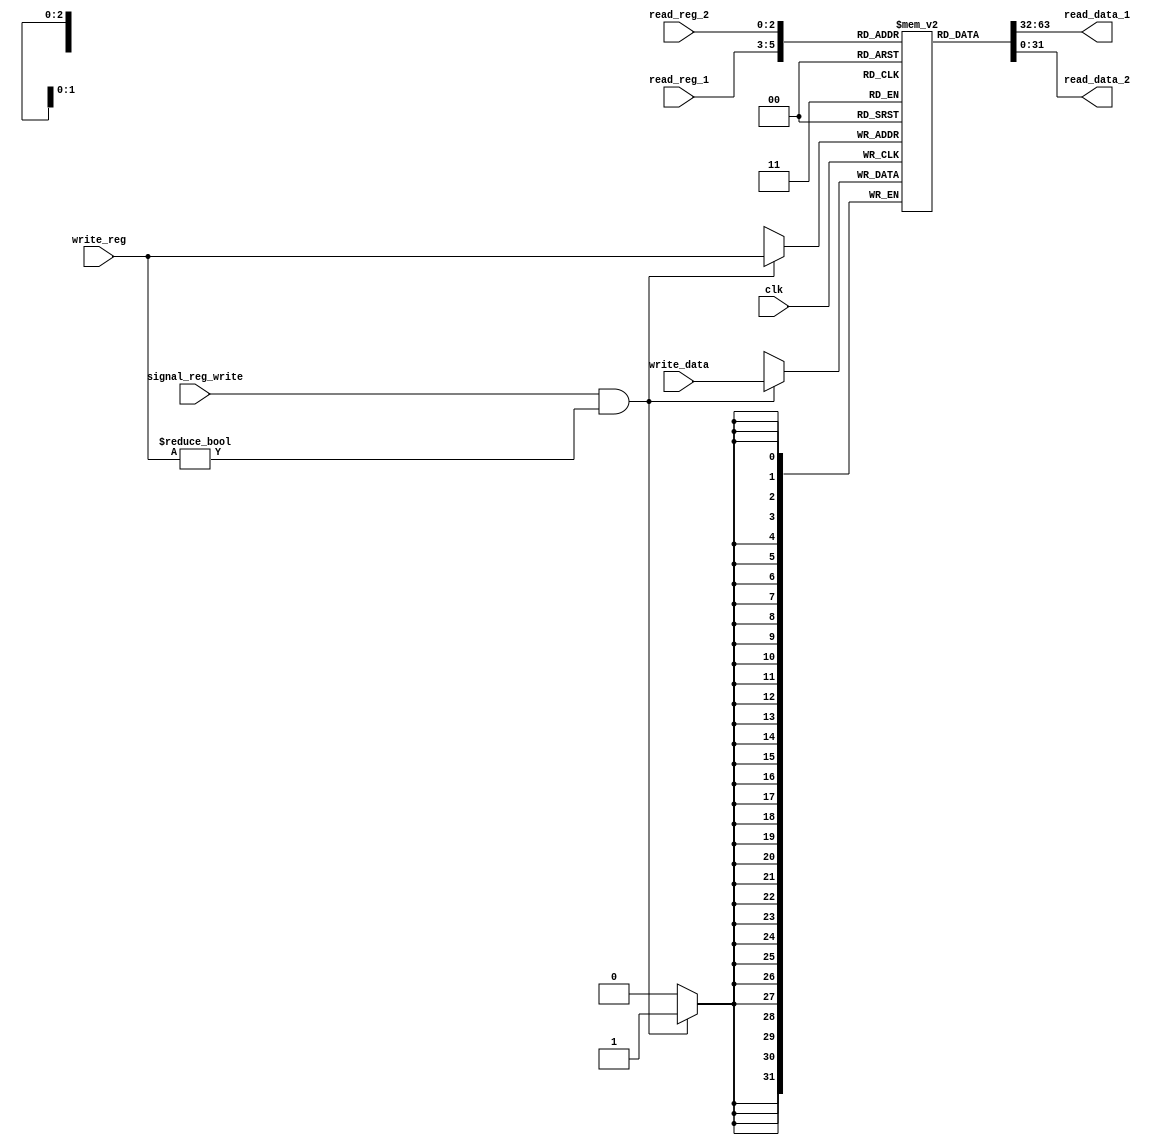
module mips_registers(

	output reg[31:0] read_data_1, read_data_2,
	input [31:0] write_data,
	input [2:0] read_reg_1, read_reg_2, write_reg,
	input signal_reg_write, clk

);
	
	reg [31:0] registers [7:0];
	
/* We don't need a signal to read Rs and Rt registers. They are read in every cycle.*/
	always @(*)
	begin
		read_data_1 <= registers[read_reg_1];
		read_data_2 <= registers[read_reg_2];
	end	
		
/************************************************************************************/
	
/*To write to the register; first we need to check whether the signal_reg_write is 1.
 Also, since we cannot change the contents of the zero register, we must check if the write_reg is zero.*/
	always @(posedge clk)
	begin
		if(signal_reg_write == 1 && write_reg != 000)
			registers[write_reg] <= write_data;
	end
/*************************************************************************************/

endmodule